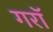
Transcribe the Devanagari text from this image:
गराॅ